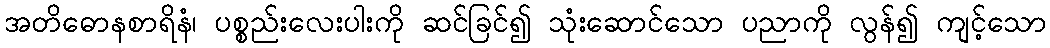
အတိဓောနစာရိနံ၊ ပစ္စည်းလေးပါးကို ဆင်ခြင်၍ သုံးဆောင်သော ပညာကို လွန်၍ ကျင့်သော